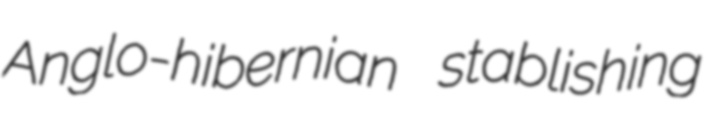
Anglo-hibernian stablishing